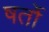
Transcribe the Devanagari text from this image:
षर्तो